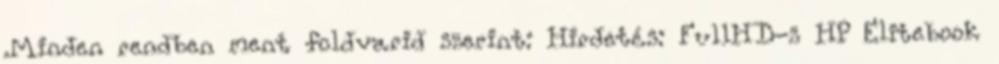
.Minden rendben ment foldvarid szerint: Hirdetés: FullHD-s HP Elitebook